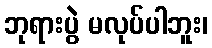
ဘုရားပွဲ မလုပ်ပါဘူး၊